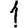
Digit: 1